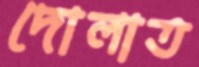
দোলাত